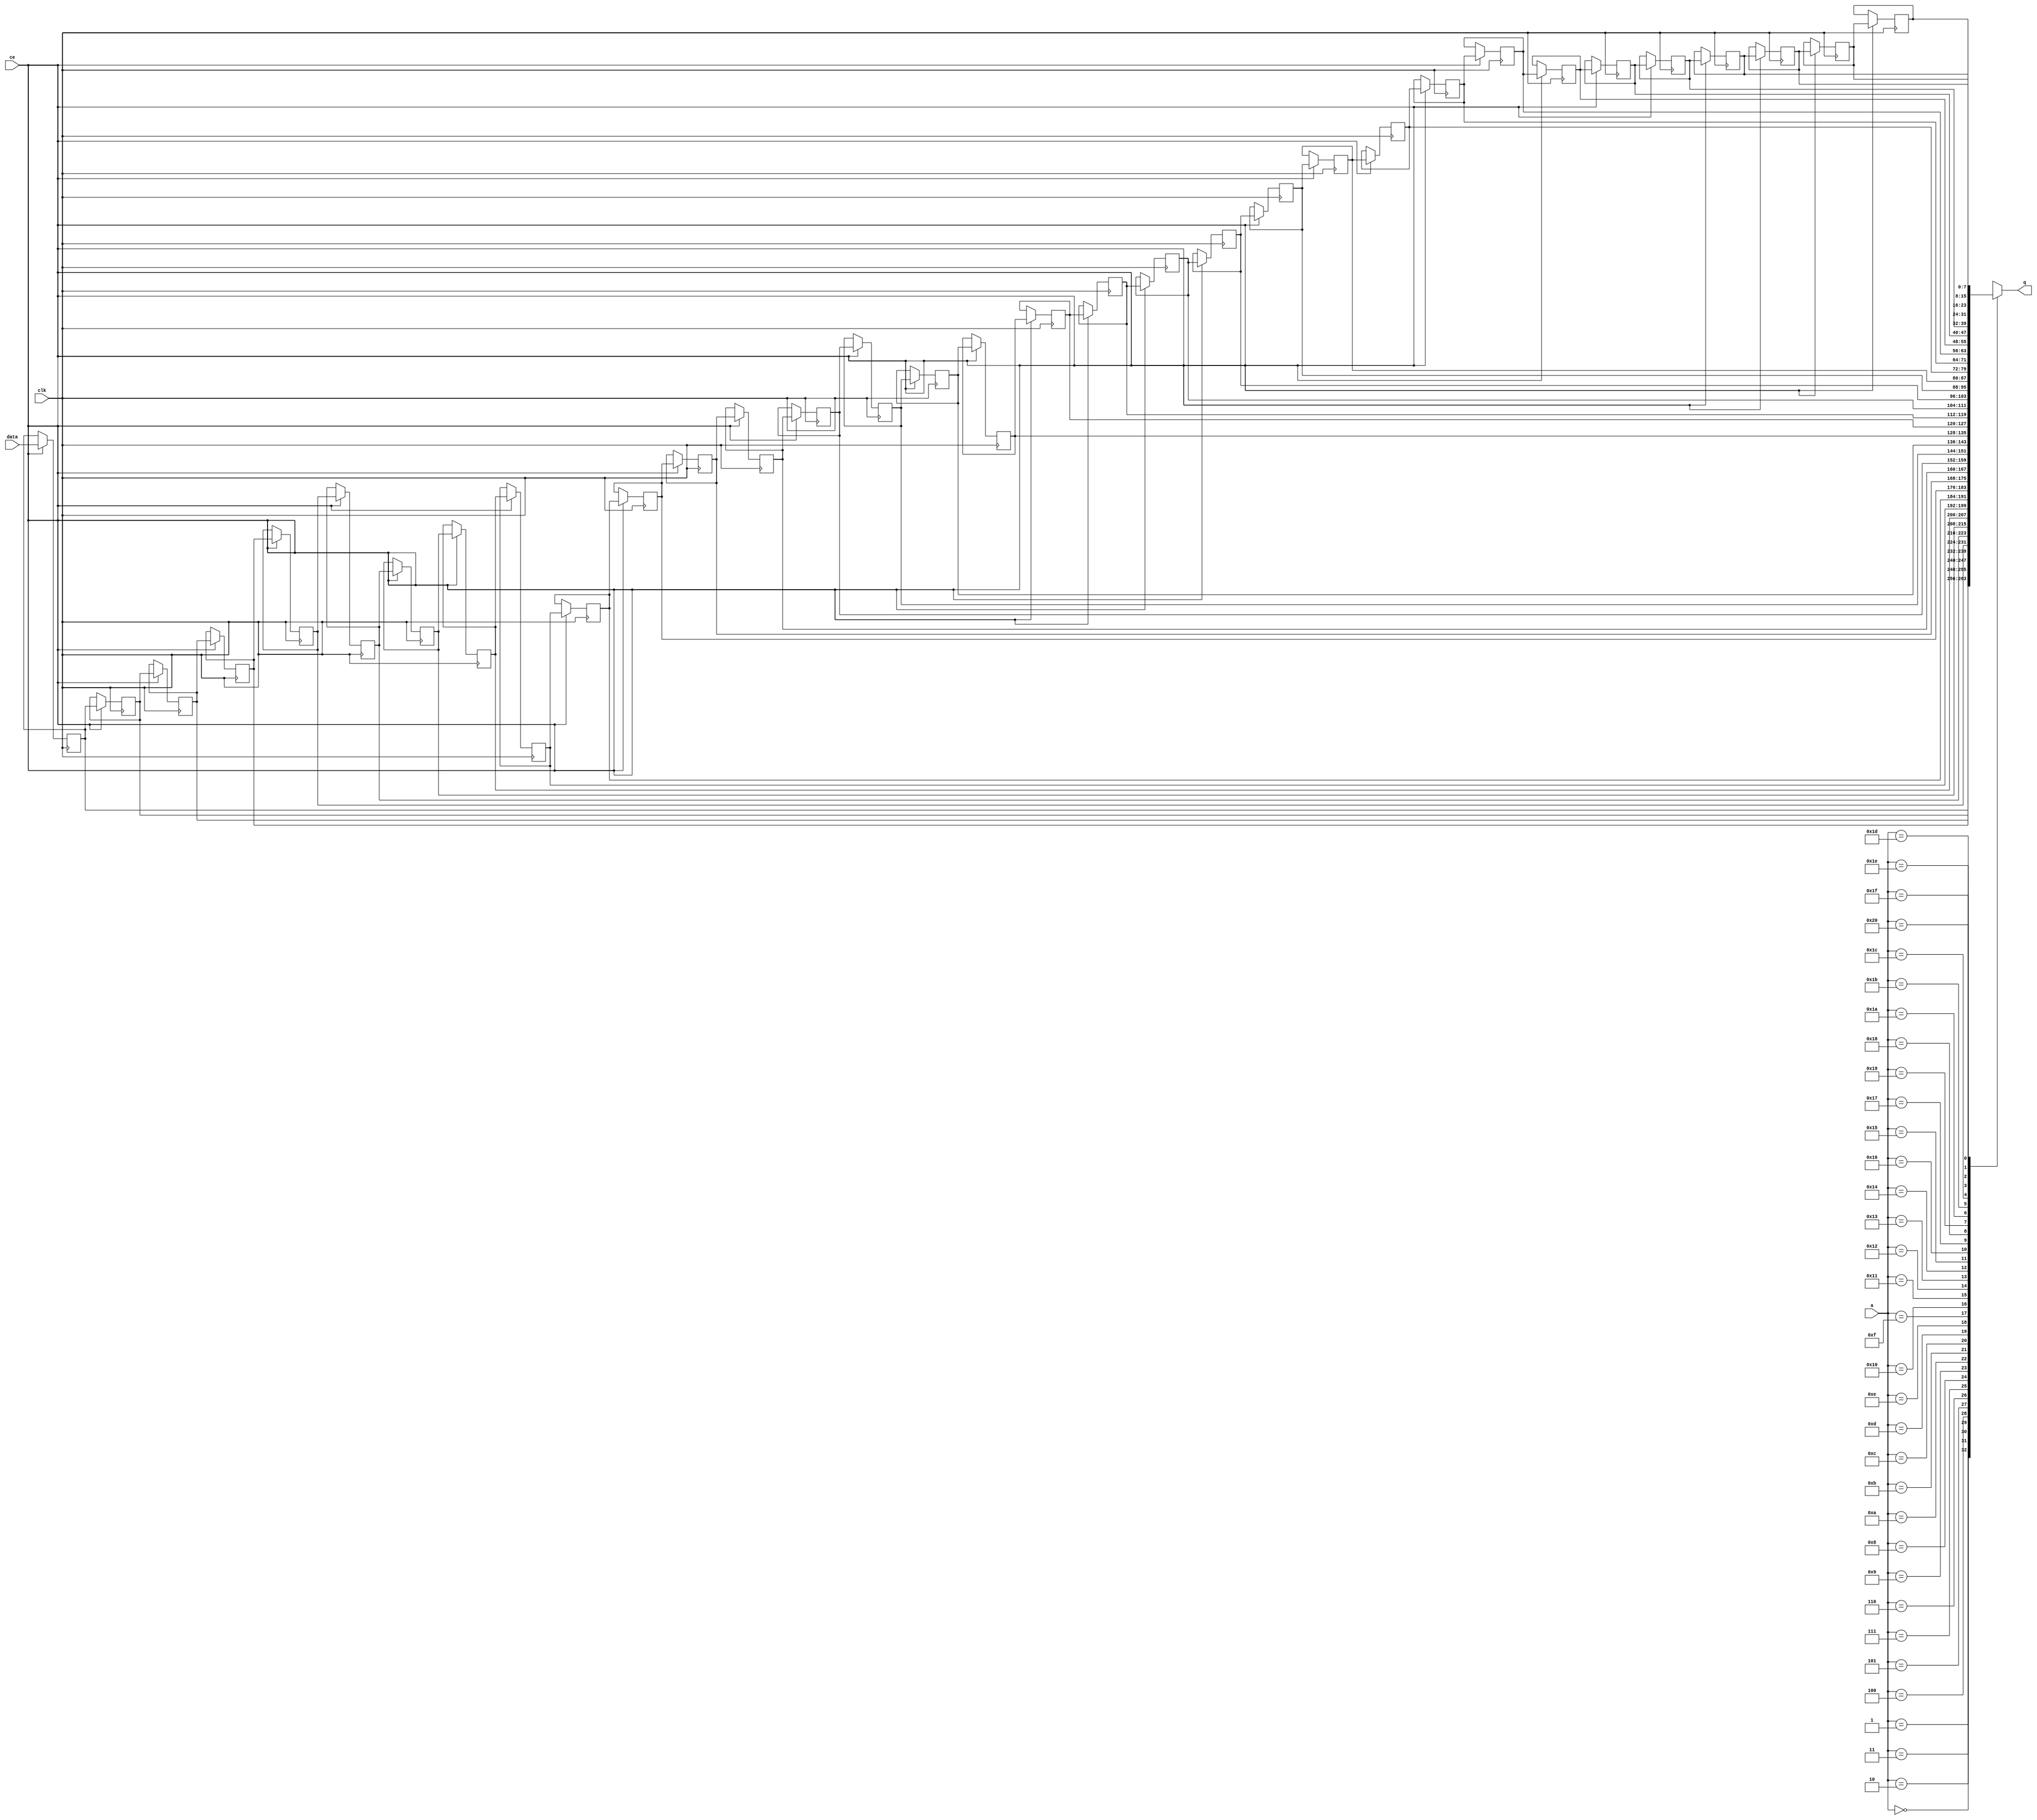
// ==============================================================
// File generated by Vivado(TM) HLS - High-Level Synthesis from C, C++ and SystemC
// Version: 2015.1
// Copyright (C) 2015 Xilinx Inc. All rights reserved.
// 
// ==============================================================


`timescale 1 ns / 1 ps

module FIFO_udp_strip2inputPath_IPheader_V_kee_shiftReg (
    clk,
    data,
    ce,
    a,
    q);

parameter DATA_WIDTH = 32'd8;
parameter ADDR_WIDTH = 32'd6;
parameter DEPTH = 32'd33;

input clk;
input [DATA_WIDTH-1:0] data;
input ce;
input [ADDR_WIDTH-1:0] a;
output [DATA_WIDTH-1:0] q;

reg[DATA_WIDTH-1:0] SRL_SIG [0:DEPTH-1];
integer i;

always @ (posedge clk)
    begin
        if (ce)
        begin
            for (i=0;i<DEPTH-1;i=i+1)
                SRL_SIG[i+1] <= SRL_SIG[i];
            SRL_SIG[0] <= data;
        end
    end

assign q = SRL_SIG[a];

endmodule

module FIFO_udp_strip2inputPath_IPheader_V_kee (
    clk,
    reset,
    if_empty_n,
    if_read_ce,
    if_read,
    if_dout,
    if_full_n,
    if_write_ce,
    if_write,
    if_din);

parameter MEM_STYLE = "shiftreg";
parameter DATA_WIDTH = 32'd8;
parameter ADDR_WIDTH = 32'd6;
parameter DEPTH = 32'd33;

input clk;
input reset;
output if_empty_n;
input if_read_ce;
input if_read;
output[DATA_WIDTH - 1:0] if_dout;
output if_full_n;
input if_write_ce;
input if_write;
input[DATA_WIDTH - 1:0] if_din;

wire[ADDR_WIDTH - 1:0] shiftReg_addr ;
wire[DATA_WIDTH - 1:0] shiftReg_data, shiftReg_q;
reg[ADDR_WIDTH:0] mOutPtr = {(ADDR_WIDTH+1){1'b1}};
reg internal_empty_n = 0, internal_full_n = 1;

assign if_empty_n = internal_empty_n;
assign if_full_n = internal_full_n;
assign shiftReg_data = if_din;
assign if_dout = shiftReg_q;

always @ (posedge clk) begin
    if (reset == 1'b1)
    begin
        mOutPtr <= ~{ADDR_WIDTH+1{1'b0}};
        internal_empty_n <= 1'b0;
        internal_full_n <= 1'b1;
    end
    else begin
        if (((if_read & if_read_ce) == 1 & internal_empty_n == 1) && 
            ((if_write & if_write_ce) == 0 | internal_full_n == 0))
        begin
            mOutPtr <= mOutPtr -1;
            if (mOutPtr == 0)
                internal_empty_n <= 1'b0;
            internal_full_n <= 1'b1;
        end 
        else if (((if_read & if_read_ce) == 0 | internal_empty_n == 0) && 
            ((if_write & if_write_ce) == 1 & internal_full_n == 1))
        begin
            mOutPtr <= mOutPtr +1;
            internal_empty_n <= 1'b1;
            if (mOutPtr == DEPTH-2)
                internal_full_n <= 1'b0;
        end 
    end
end

assign shiftReg_addr = mOutPtr[ADDR_WIDTH] == 1'b0 ? mOutPtr[ADDR_WIDTH-1:0]:{ADDR_WIDTH{1'b0}};
assign shiftReg_ce = (if_write & if_write_ce) & internal_full_n;

FIFO_udp_strip2inputPath_IPheader_V_kee_shiftReg 
#(
    .DATA_WIDTH(DATA_WIDTH),
    .ADDR_WIDTH(ADDR_WIDTH),
    .DEPTH(DEPTH))
U_FIFO_udp_strip2inputPath_IPheader_V_kee_ram (
    .clk(clk),
    .data(shiftReg_data),
    .ce(shiftReg_ce),
    .a(shiftReg_addr),
    .q(shiftReg_q));

endmodule